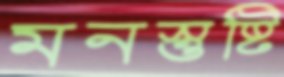
মনস্তুষ্টি